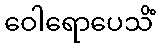
ဝေါရောပေသိံ